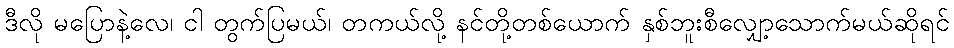
ဒီလို မပြောနဲ့လေ၊ ငါ တွက်ပြမယ်၊ တကယ်လို့ နင်တို့တစ်ယောက် နှစ်ဘူးစီလျှော့သောက်မယ်ဆိုရင်